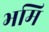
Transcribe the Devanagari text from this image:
भमि